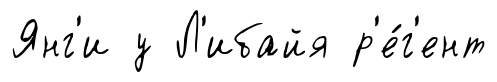
Янг'и у Л'ибайя р'е́г'ент